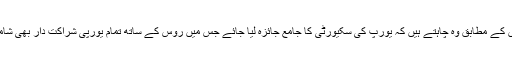
ماکروں کے مطابق وہ چاہتے ہیں کہ یورپ کی سکیورٹی کا جامع جائزہ لیا جائے جس میں روس کے ساتھ تمام یورپی شراکت دار بھی شامل ہوں۔